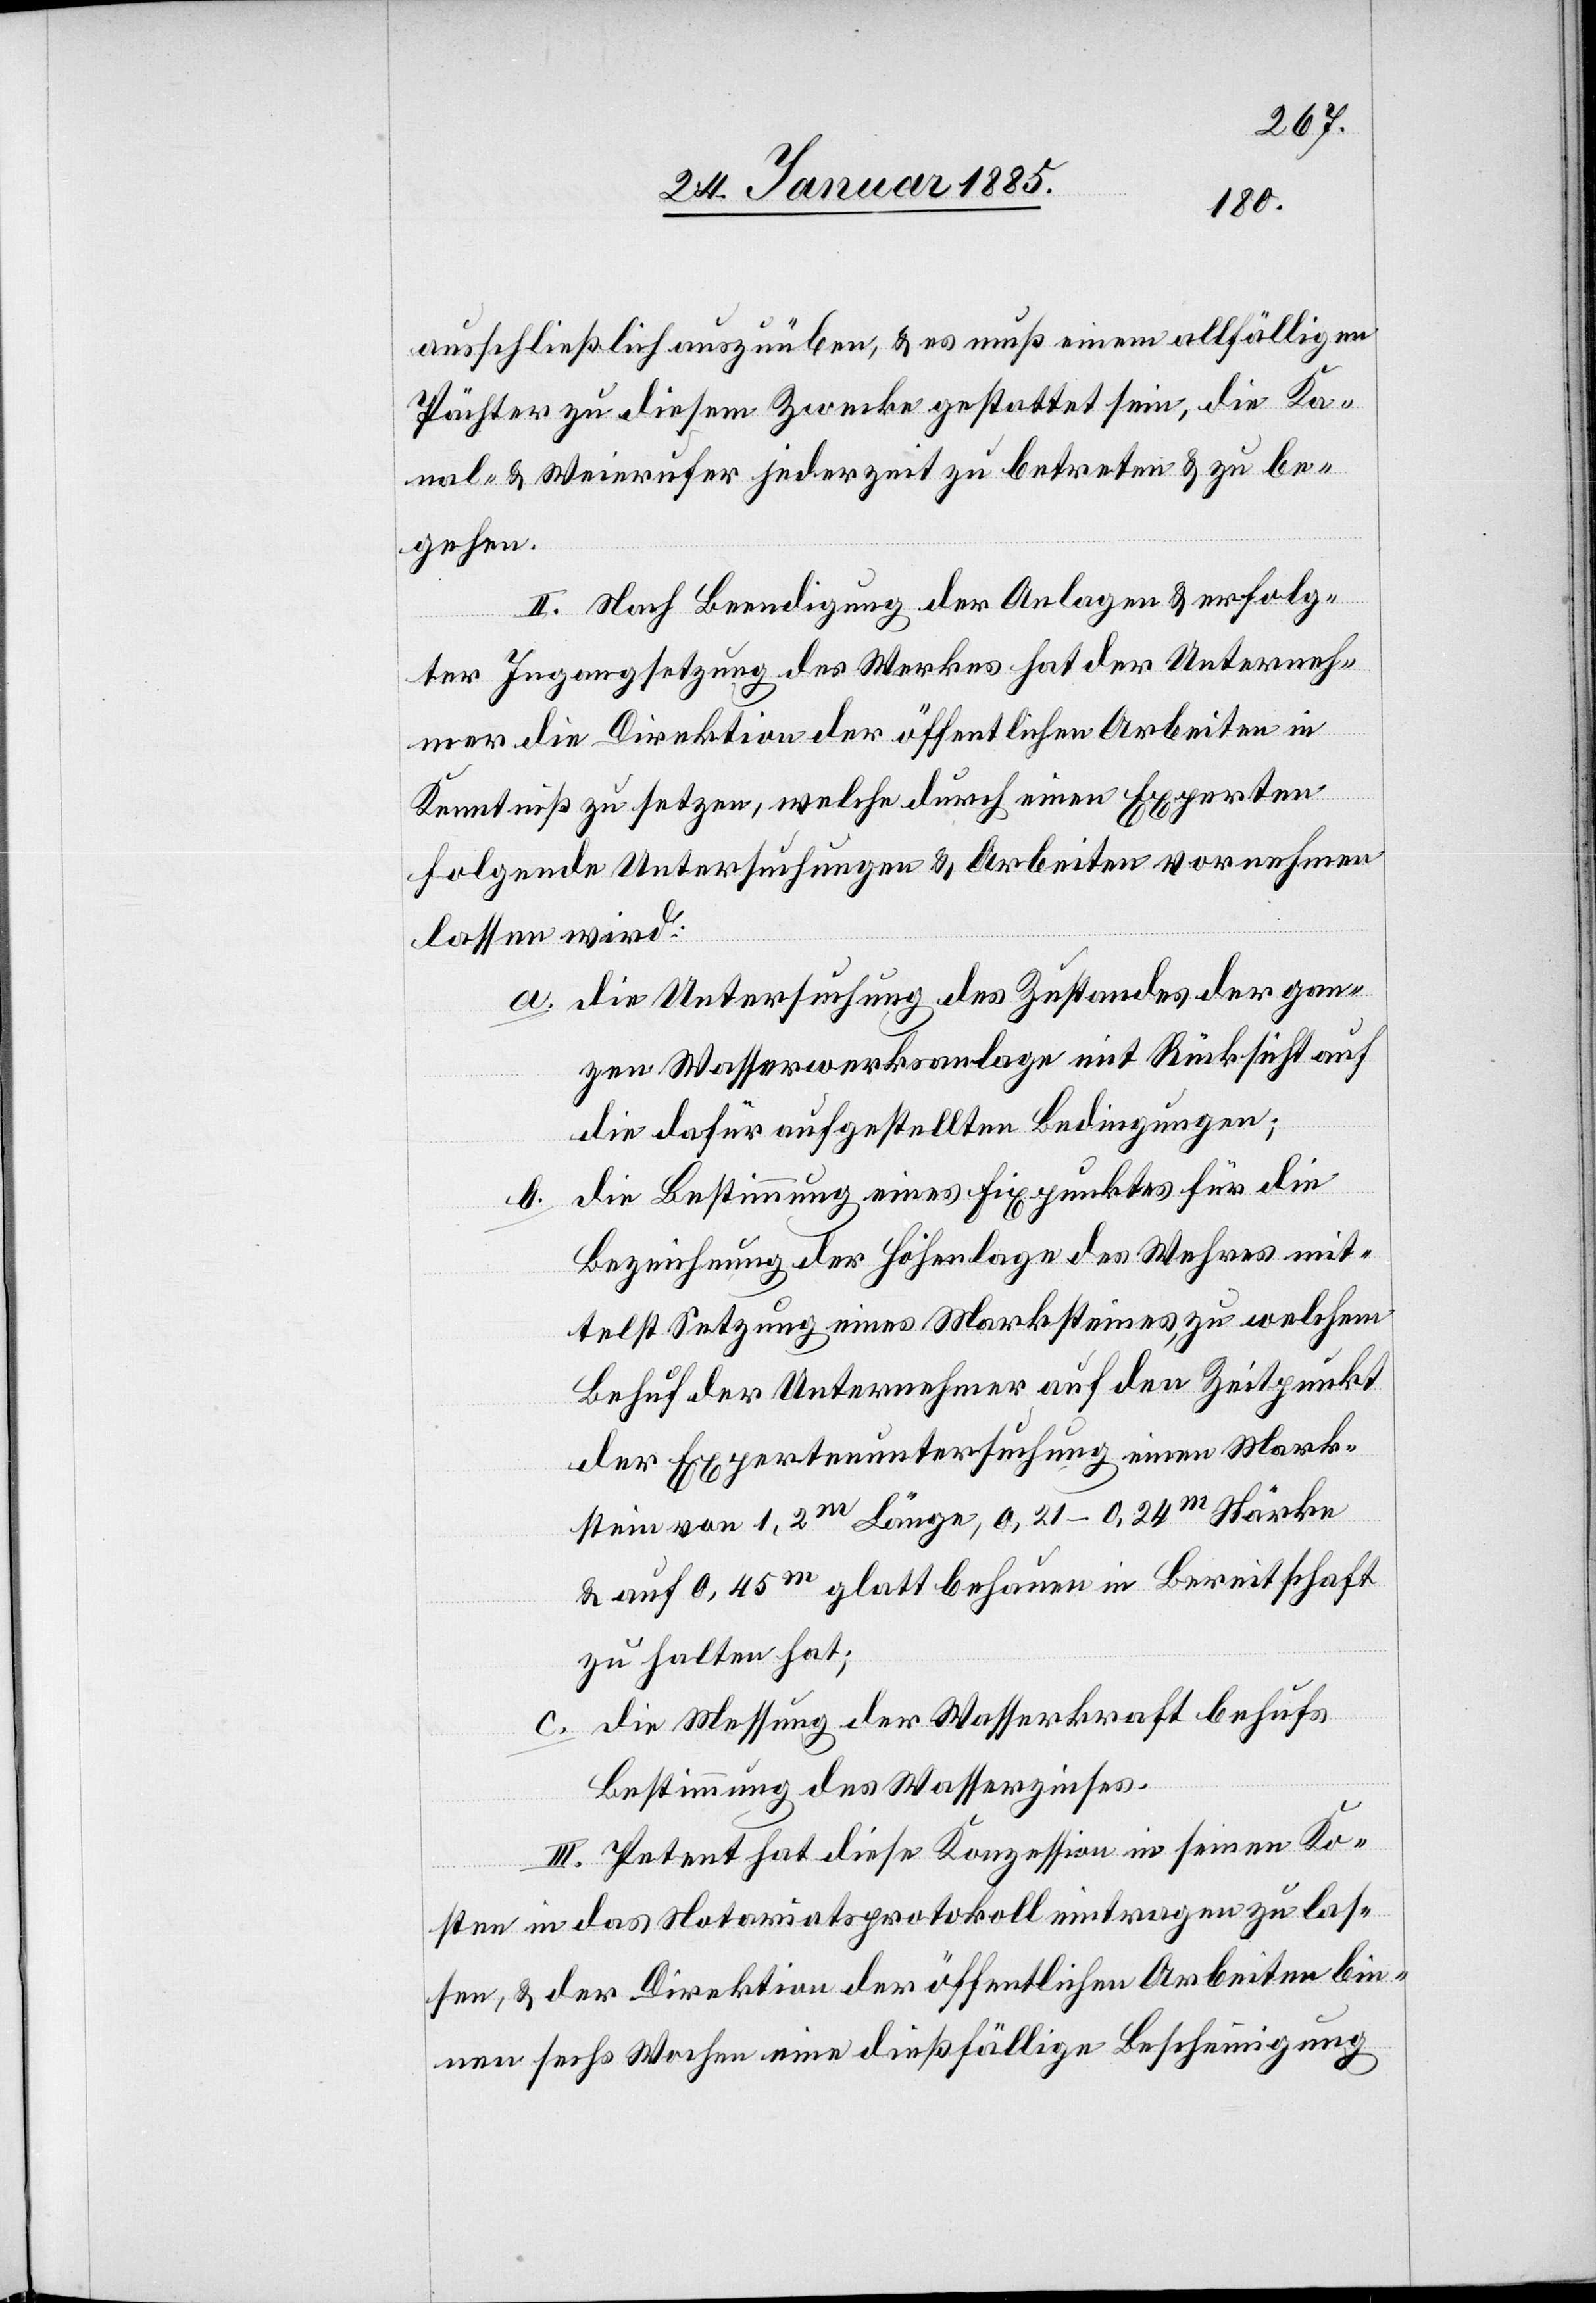
ausschließlich auszuüben, & muß einem allfälligen
Pächter zu diesem Zwecke gestattet sein, die Ka¬
nal- & Weierufer jederzeit zu betreten & zu be¬
gehen.
II. Nach Beendigung der Anlage & erfolg¬
ter Ingangsetzung des Werkes hat der Unterneh¬
mer die Direktion der öffentlichen Arbeiten in
Kenntniß zu setzen, welche durch einen Experten
folgende Untersuchungen & Arbeiten vornehmen
lassen wird:
a. die Untersuchung des Zustandes der gan¬
zen Wasserwerksanlage mit Rücksicht auf
die dafür aufgestellten Bedingungen;
b. die Bestimmung eines Fixpunktes für die
Bezeichnung der Höhenlage des Wehres mit¬
telst Setzung eines Marksteines, zu welchem
Behuf der Unternehmer auf den Zeitpunkt
der Expertenuntersuchung einen Mark¬
stein von 1,2m Länge, 0,21–0,24m Stärke
& auf 0,45m glatt behauenen in Bereitschaft
zu halten hat;
c. die Messung der Wasserkraft behufs
Bestimmung des Wasserzinses.
III. Petent hat diese Konzession in seinen Ko¬
sten in das Notariatsprotokoll eintragen zu las¬
sen, & der Direktion der öffentlichen Arbeiten bin¬
nen sechs Wochen eine dießfällige Bescheinigung